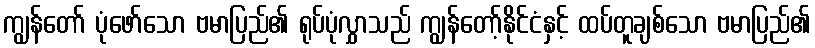
ကျွန်တော် ပုံဖော်သော ဗမာပြည်၏ ရုပ်ပုံလွှာသည် ကျွန်တော့်နိုင်ငံနှင့် ထပ်တူချစ်သော ဗမာပြည်၏